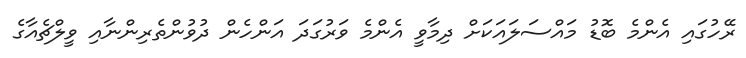
ރޭހުގައި އެންމެ ބޮޑު މައްސަލައަކަށް ދިމާވީ އެންމެ ވަރުގަދަ އަންހެން ދުވުންތެރިންނާއި ވީލްޗެއާގެ